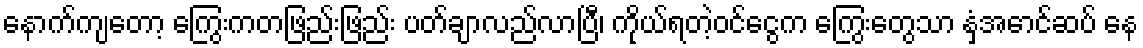
နောက်ကျတော့ ကြွေးကတဖြည်းဖြည်း ပတ်ချာလည်လာပြီ၊ ကိုယ်ရတဲ့ဝင်ငွေက ကြွေးတွေသာ နှံအောင်ဆပ် နေ